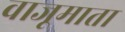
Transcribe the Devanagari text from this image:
वाजूमाता